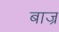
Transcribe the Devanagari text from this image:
बाज्र